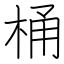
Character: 桶